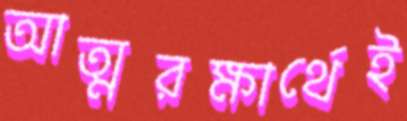
আত্মরক্ষার্থেই